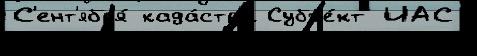
С'ент'ябр'я́ када́стр'е Субъе́кт ИАС